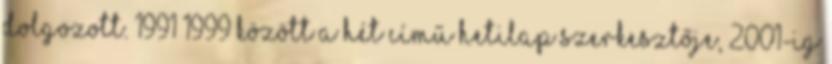
dolgozott. 1991–1999 között A Hét című hetilap szerkesztője, 2001-ig